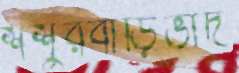
শশুরবাড়িভাদ